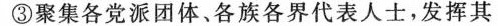
③聚集各党派团体、各族各界代表人士，发挥其